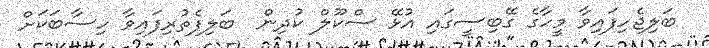
ބަލިޖެހިފައިވާ މީހާގެ ގޭބިސީގައި އުޅޭ ސްކޫލް ކުދިން  ބަލިފެތުރިފައިވާ ހިސާބަކަށް